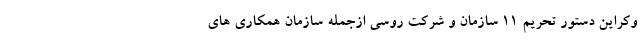
وکراین دستور تحریم ۱۱ سازمان و شرکت روسی ازجمله سازمان همکاری های